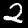
Digit: 2